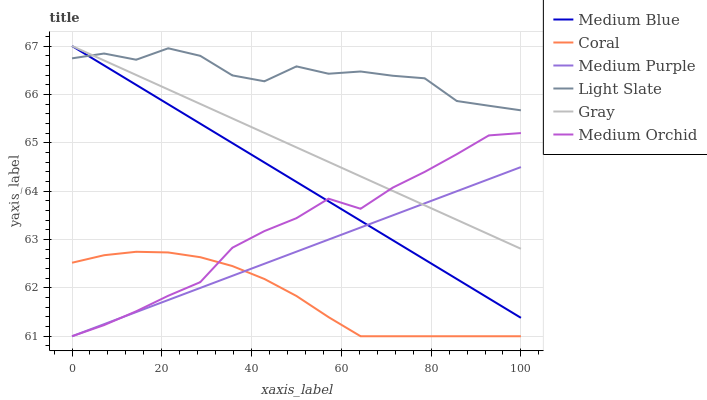
| xaxis_label | Medium Blue | Coral | Medium Purple | Light Slate | Gray | Medium Orchid |
 | --- | --- | --- | --- | --- | --- | --- |
 | 0 | 67 | 62.5 | 61 | 66.7 | 67 | 61 |
 | 7.14 | 66.6 | 62.7 | 61.2 | 66.8 | 66.7 | 61.2 |
 | 14.3 | 66.2 | 62.7 | 61.5 | 66.7 | 66.4 | 61.5 |
 | 21.4 | 65.8 | 62.7 | 61.7 | 67 | 66.1 | 61.8 |
 | 28.6 | 65.4 | 62.6 | 62 | 66.8 | 65.8 | 62.1 |
 | 35.7 | 65 | 62.5 | 62.2 | 66.4 | 65.5 | 62.8 |
 | 42.9 | 64.6 | 62.2 | 62.5 | 66.3 | 65.2 | 63.2 |
 | 50 | 64.2 | 61.8 | 62.7 | 66.6 | 64.9 | 63.4 |
 | 57.1 | 63.8 | 61.4 | 63 | 66.4 | 64.6 | 63.8 |
 | 64.3 | 63.4 | 61 | 63.2 | 66.5 | 64.3 | 63.6 |
 | 71.4 | 63 | 61 | 63.5 | 66.4 | 64 | 64.1 |
 | 78.6 | 62.6 | 61 | 63.7 | 66.3 | 63.7 | 64.4 |
 | 85.7 | 62.2 | 61 | 64 | 65.9 | 63.4 | 64.8 |
 | 92.9 | 61.8 | 61 | 64.2 | 65.8 | 63.1 | 65.2 |
 | 100 | 61.4 | 61 | 64.5 | 65.7 | 62.8 | 65.2 |